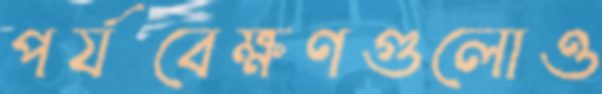
পর্যবেক্ষণগুলোও